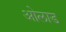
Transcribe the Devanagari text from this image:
ओलाड